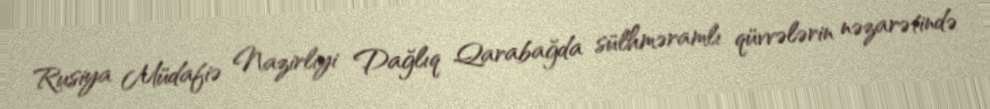
Rusiya Müdafiə Nazirliyi Dağlıq Qarabağda sülhməramlı qüvvələrin nəzarətində